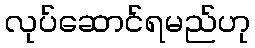
လုပ်ဆောင်ရမည်ဟု